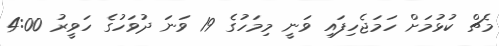
މެޗް ކުޅުމަށް ހަމަޖެހިފައި ވަނީ މިމަހުގެ 19 ވަނަ ދުވަހުގެ ހަވީރު 4:00